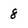
Character: 8